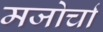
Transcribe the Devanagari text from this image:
मजोर्चा